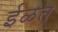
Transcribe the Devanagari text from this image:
ईळत्